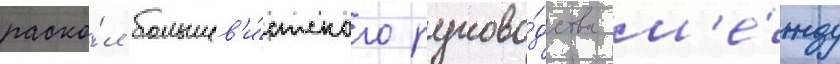
раско́л большев'и́стского руково́дства м'е́жду